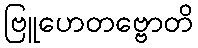
ဗြူဟေတဗ္ဗောတိ